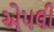
એપલી